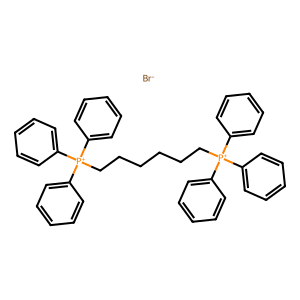
SMILES: [Br-].c1ccc([P+](CCCCCC[P+](c2ccccc2)(c2ccccc2)c2ccccc2)(c2ccccc2)c2ccccc2)cc1
Inhibits HIV replication: No